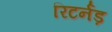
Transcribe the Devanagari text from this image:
रिटर्नड़